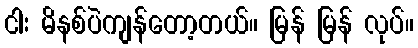
ငါး မိနစ်ပဲကျန်တော့တယ်။ မြန် မြန် လုပ်။